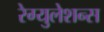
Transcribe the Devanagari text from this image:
रेग्युलेशन्स